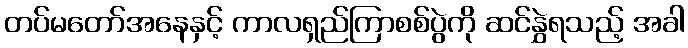
တပ်မတော်အနေနှင့် ကာလရှည်ကြာစစ်ပွဲကို ဆင်နွှဲရသည့် အခါ